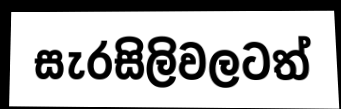
සැරසිලිවලටත්